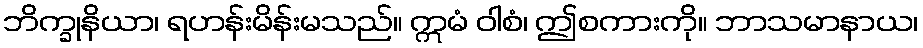
ဘိက္ခုနိယာ၊ ရဟန်းမိန်းမသည်။ ဣမံ ဝါစံ၊ ဤစကားကို။ ဘာသမာနာယ၊